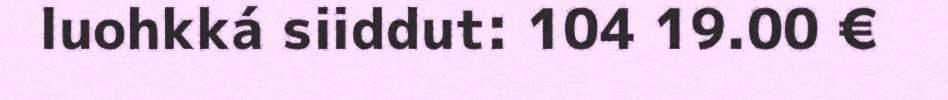
luohkká siiddut: 104 19.00 €